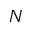
N